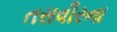
તસવીરના